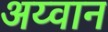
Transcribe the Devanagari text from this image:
अय्वान